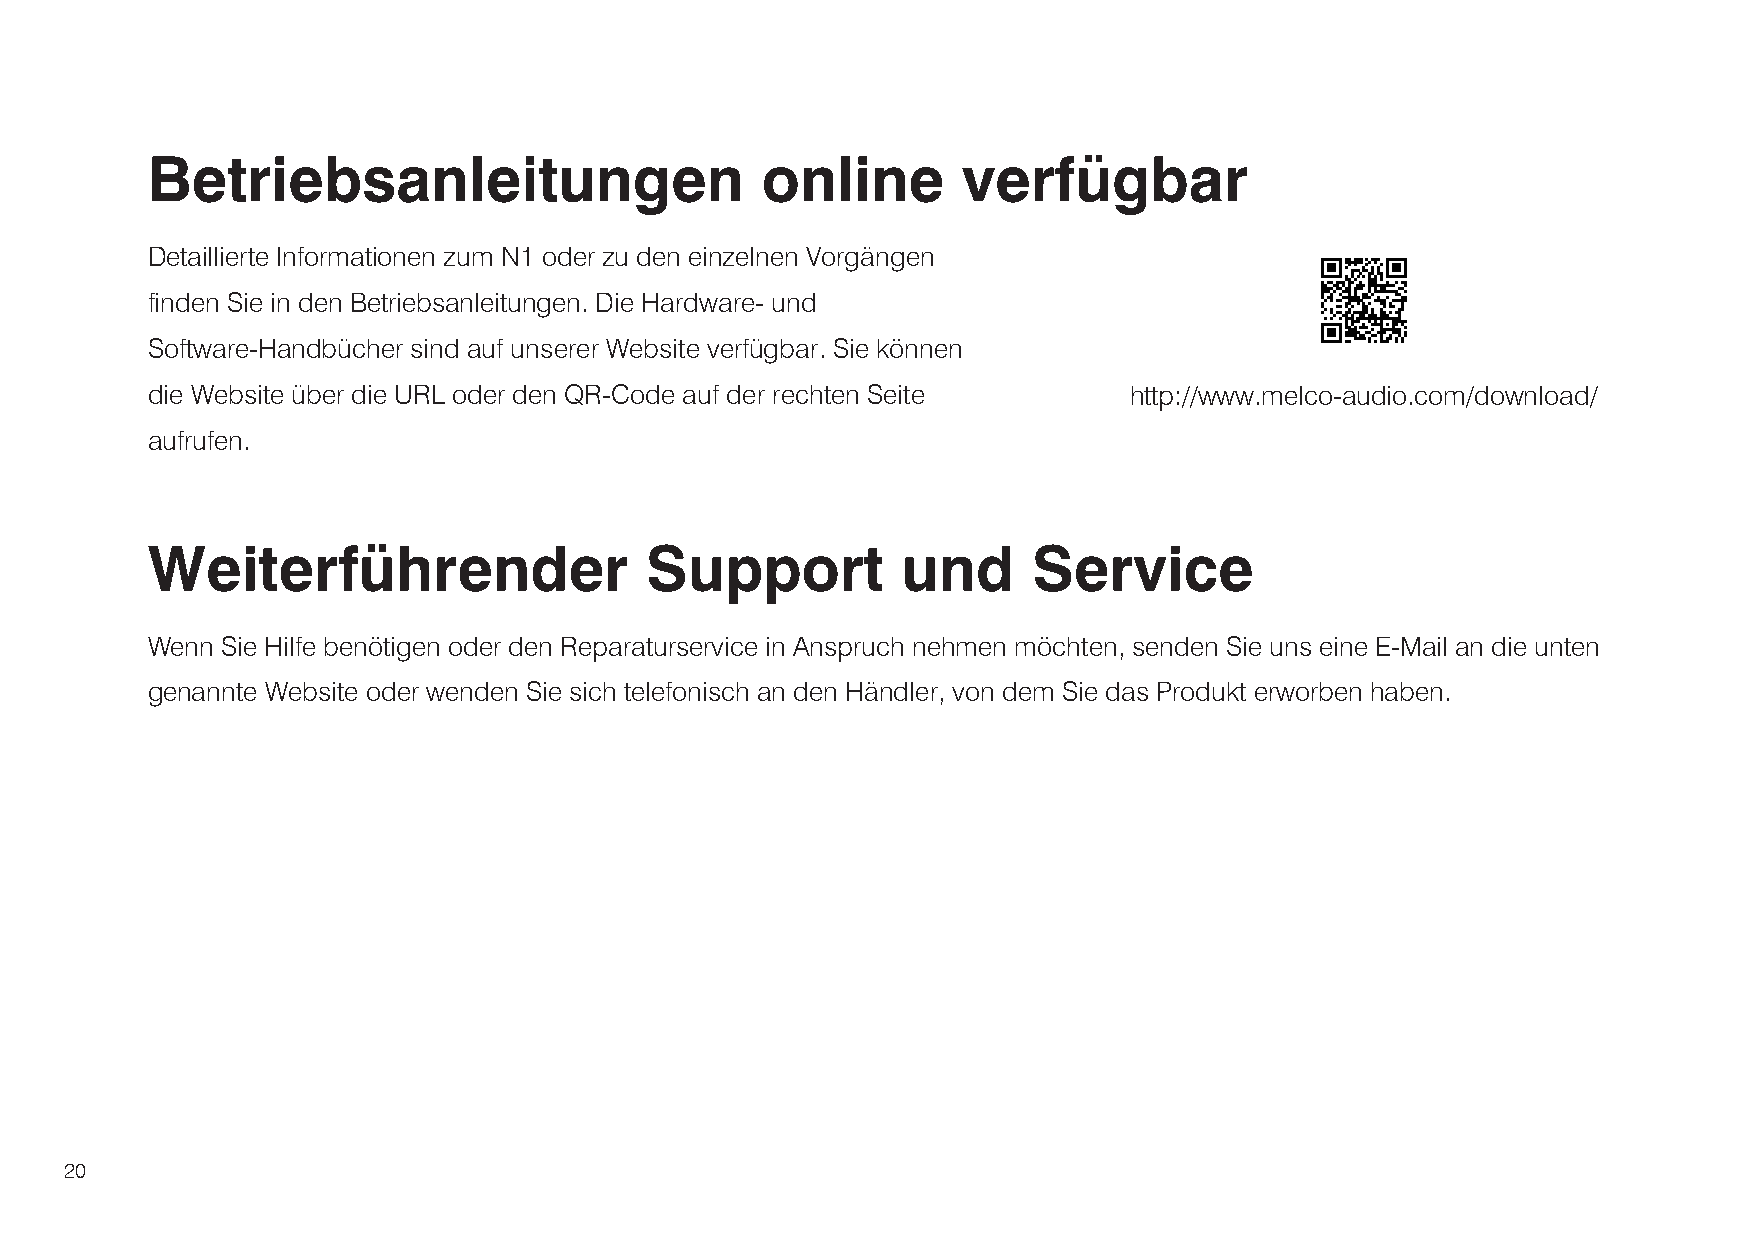
Betriebsanleitungen                     online        verfügbar
 Detaillierte Informationen zum N1 oder zu den einzelnen Vorgängen
 finden Sie in den Betriebsanleitungen. Die Hardware- und
 Software-Handbücher sind auf unserer Website verfügbar. Sie können
 die Website über die URL oder den QR-Code auf der rechten Seite  http://www.melco-audio.com/download/
 aufrufen.
 Weiterführender                  Support          und     Service
 Wenn Sie Hilfe benötigen oder den Reparaturservice in Anspruch nehmen möchten, senden Sie uns eine E-Mail an die unten
 genannte Website oder wenden Sie sich telefonisch an den Händler, von dem Sie das Produkt erworben haben.
 20